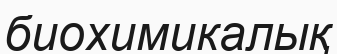
биохимикалық